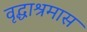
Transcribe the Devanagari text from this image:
वृद्धाश्रमास